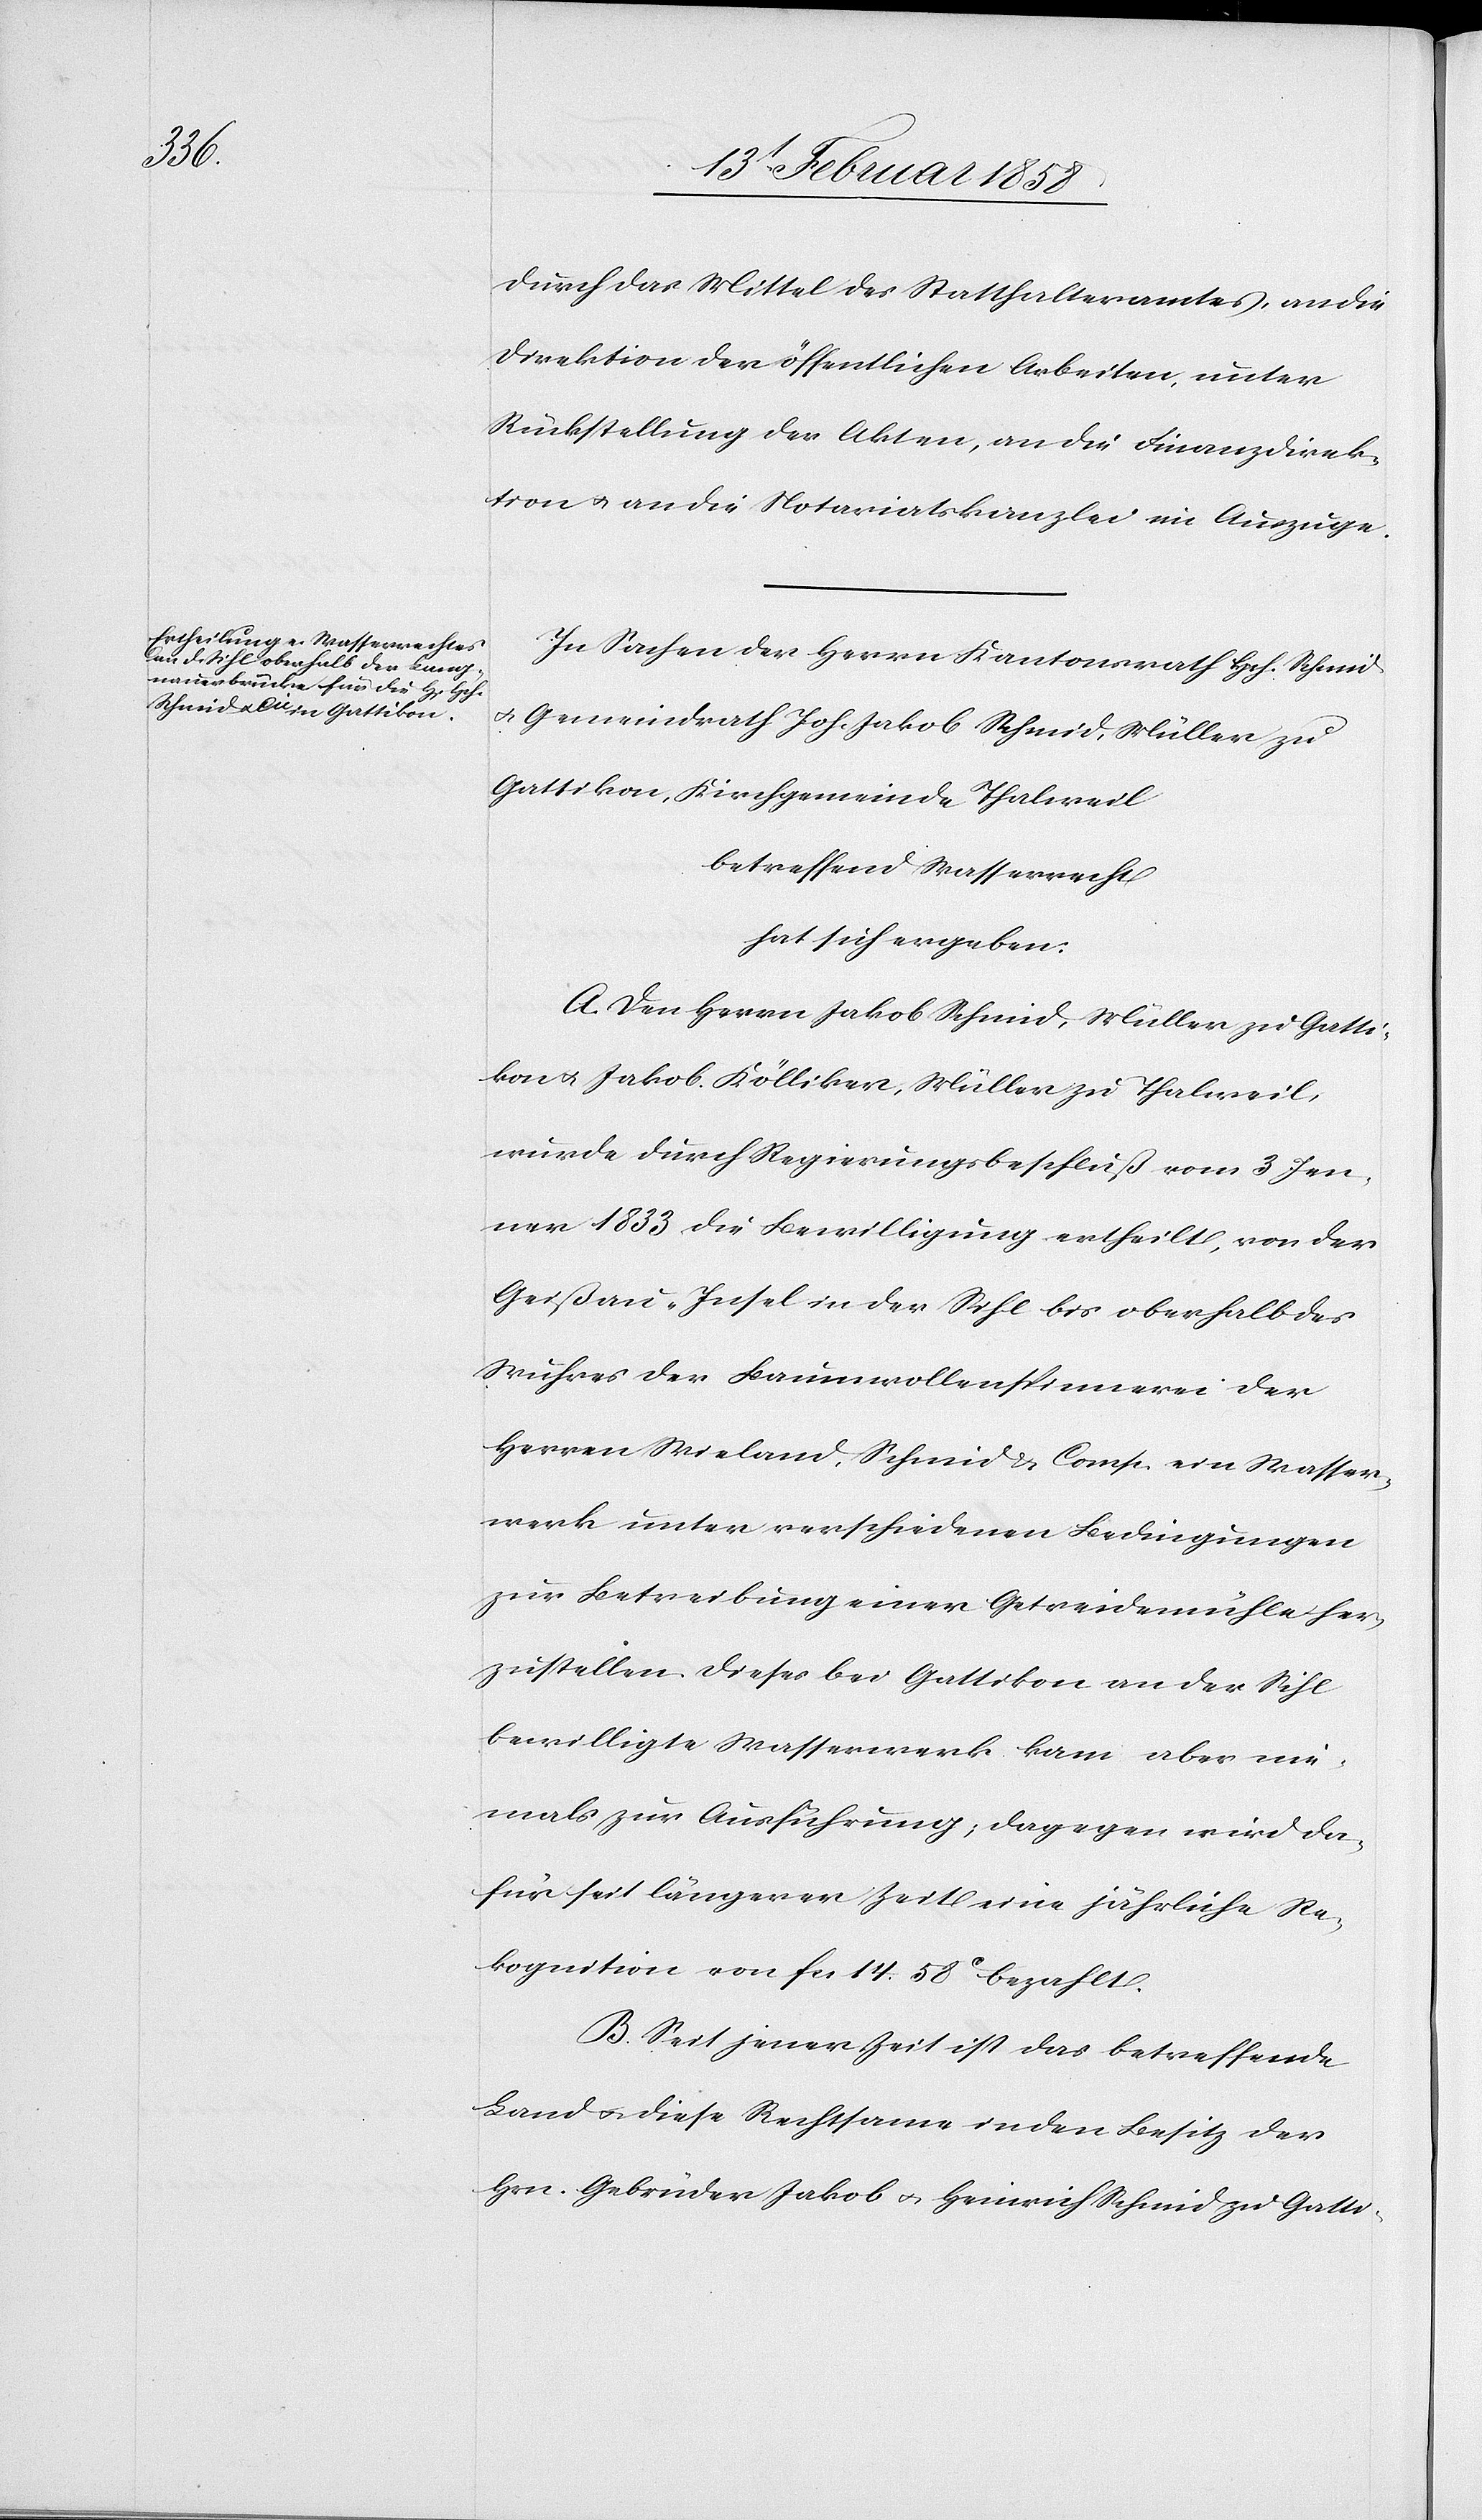
durch das Mittel des Statthalteramtes, an die
Direktion der öffentlichen Arbeiten, unter
Rückstellung der Akten, an die Finanzdirek¬
tion u. an die Notariatskanzlei im Auszuge.
In Sachen der Herrn Kantonsrath Hch. Schmid
u. Gemeindrath Joh. Jakob Schmid, Müller zu
Gattikon, Kirchgemeinde Thalweil
betreffend Wasserrecht
hat sich ergeben:
A. Den Herrn Jakob Schmid, Müller zu Gatti¬
kon u. Jakob Kölliker, Müller zu Thalweil,
wurde durch Regierungsbeschluß vom 3. Jen¬
ner 1833 die Bewilligung ertheilt, von der
Geißau-Insel in der Sihl bis oberhalb des
Wuhres der Baumwollenspinnerei der
Herren Wieland, Schmid & Comp. ein Wasser¬
werk unter verschiedenen Bedingungen
zur Betreibung einer Getreidemühle her¬
zustellen. Dieses bei Gattikon an der Sihl
bewilligte Wasserwerk kam aber nie¬
mals zur Ausführung, dagegen wird da¬
für seit längerer Zeit eine jährliche Re¬
kognition von fcs. 14. 58 c bezahlt.
B. Seit jener Zeit ist das betreffende
Land u. diese Rechtsame in den Besitz der
Hrn. Gebrüder Jakob u. Heinrich Schmid zu Gatti-